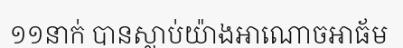
១១នាក់ បានស្លាប់យ៉ាងអាណោចអាធ័ម